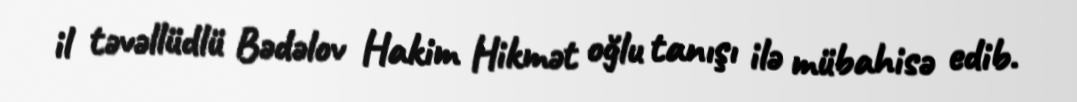
il təvəllüdlü Bədəlov Hakim Hikmət oğlu tanışı ilə mübahisə edib.